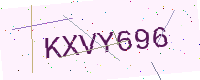
Text: KXVY696